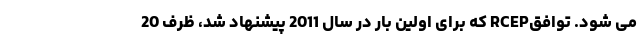
می شود. توافقRCEP که برای اولین بار در سال 2011 پیشنهاد شد، ظرف 20